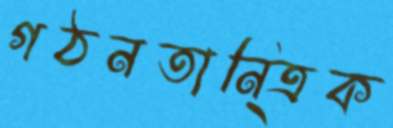
গঠনতানি্ত্রক